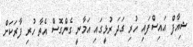
ޝިއާފް އައިސްފައި ހުރި ގަދަ ރުޅީގައި އަމާނީ ގެންގޮސް އެތާ ހުރި ފާރަކަށް